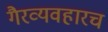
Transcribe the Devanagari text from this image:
गैरव्यवहारच